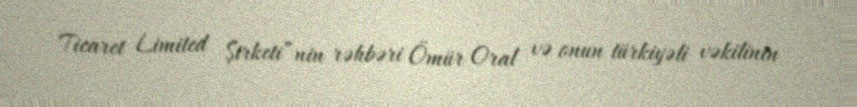
Ticaret Limited Şirketi”nin rəhbəri Ömür Oral və onun türkiyəli vəkilinin